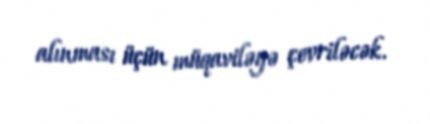
alınması üçün müqaviləyə çevriləcək.